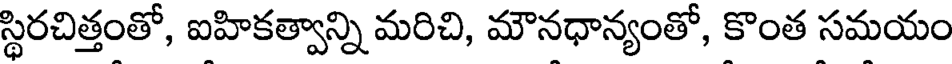
స్థిరచిత్తంతో, ఐహికత్వాన్ని మరిచి, మౌనధాన్యంతో, కొంత సమయం